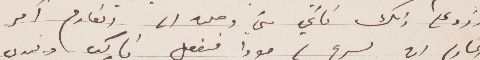
وزود على ذلك فاني متى وصلت أي الخادم آمر